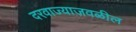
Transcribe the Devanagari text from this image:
दरवाज्याजवळील